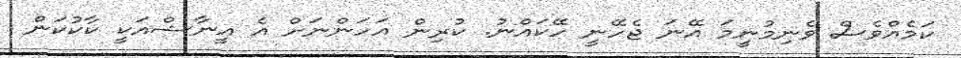
ކަމެއްވެސް ވެނިމުނީމަ އޭނަ ޖެހޭނީ ހޭކައްނު. ކުރިން އަހަންނަށް އެ އީނާޝްއަކީ ކާކުކަން